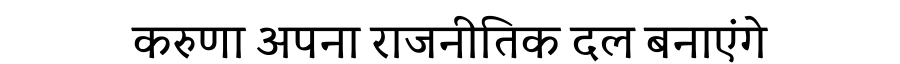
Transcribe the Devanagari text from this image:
करुणा अपना राजनीतिक दल बनाएंगे